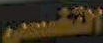
القاسمي